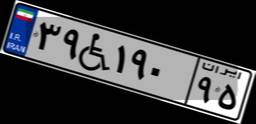
۳۹W۱۹۰۹۵